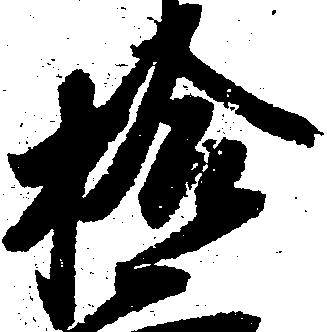
拾